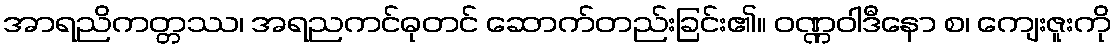
အာရညိကတ္တဿ၊ အရညကင်ဓုတင် ဆောက်တည်းခြင်း၏။ ဝဏ္ဏဝါဒီနော စ၊ ကျေးဇူးကို